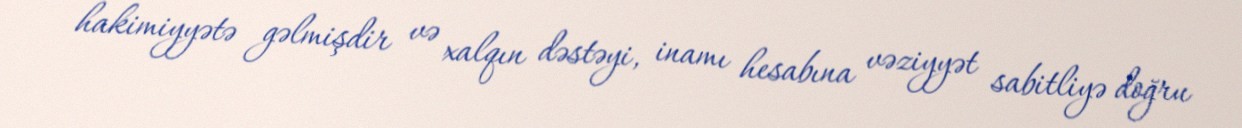
hakimiyyətə gəlmişdir və xalqın dəstəyi, inamı hesabına vəziyyət sabitliyə doğru